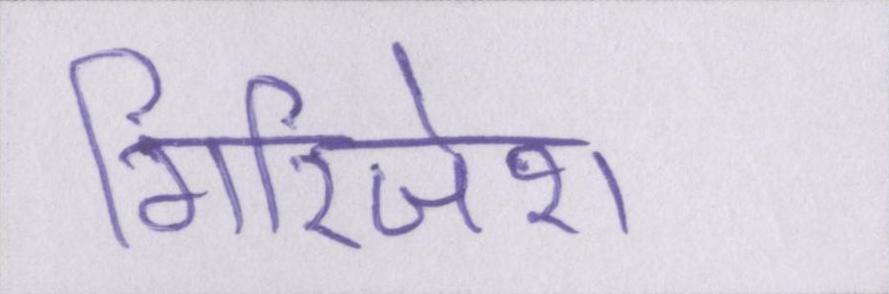
गिरिजेश